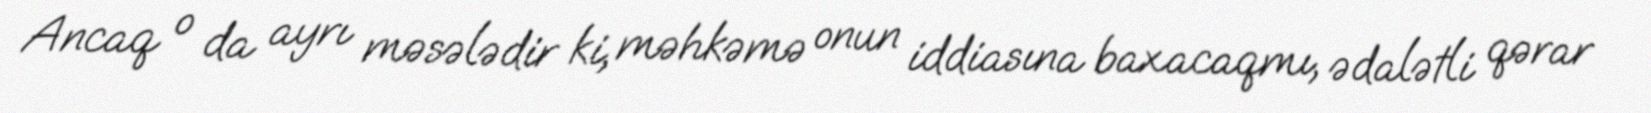
Ancaq o da ayrı məsələdir ki, məhkəmə onun iddiasına baxacaqmı, ədalətli qərar